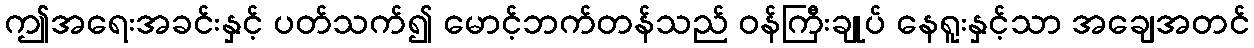
ဤအရေးအခင်းနှင့် ပတ်သက်၍ မောင့်ဘက်တန်သည် ဝန်ကြီးချုပ် နေရူးနှင့်သာ အချေအတင်